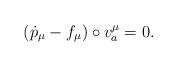
LaTeX: \begin{align*}(\dot{p}_{\mu}-f_{\mu})\circ v^{\mu}_{a}=0.\end{align*}